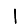
Digit: 1